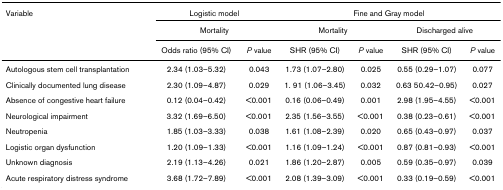
| Variable | <COLSPAN=2> Logistic model | <COLSPAN=4> Fine and Gray model |
 |  | <COLSPAN=2> Mortality | <COLSPAN=2> Mortality | <COLSPAN=2> Discharged alive |
 |  | Odds ratio (95% CI) | P value | SHR (95% CI) | P value | SHR (95% CI) | P value |
 | --- | --- | --- | --- | --- | --- | --- |
 | Autologous stem cell transplantation | 2.34 (1.03–5.32) | 0.043 | 1.73 (1.07–2.80) | 0.025 | 0.55 (0.29–1.07) | 0.077 |
 | Clinically documented lung disease | 2.30 (1.09–4.87) | 0.029 | 1. 91 (1.06–3.45) | 0.032 | 0.63 50.42–0.95) | 0.027 |
 | Absence of congestive heart failure | 0.12 (0.04–0.42) | <0.001 | 0.16 (0.06–0.49) | 0.001 | 2.98 (1.95–4.55) | <0.001 |
 | Neurological impairment | 3.32 (1.69–6.50) | <0.001 | 2.35 (1.56–3.55) | <0.001 | 0.38 (0.23–0.61) | <0.001 |
 | Neutropenia | 1.85 (1.03–3.33) | 0.038 | 1.61 (1.08–2.39) | 0.020 | 0.65 (0.43–0.97) | 0.037 |
 | Logistic organ dysfunction | 1.20 (1.09–1.33) | <0.001 | 1.16 (1.09–1.24) | <0.001 | 0.87 (0.81–0.93) | <0.001 |
 | Unknown diagnosis | 2.19 (1.13–4.26) | 0.021 | 1.86 (1.20–2.87) | 0.005 | 0.59 (0.35–0.97) | 0.039 |
 | Acute respiratory distress syndrome | 3.68 (1.72–7.89) | <0.001 | 2.08 (1.39–3.09) | <0.001 | 0.33 (0.19–0.59) | <0.001 |